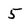
Character: 5